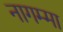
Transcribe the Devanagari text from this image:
नागम्मा